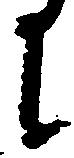
に